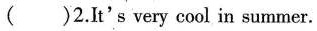
( )2.It's very cool in summer.